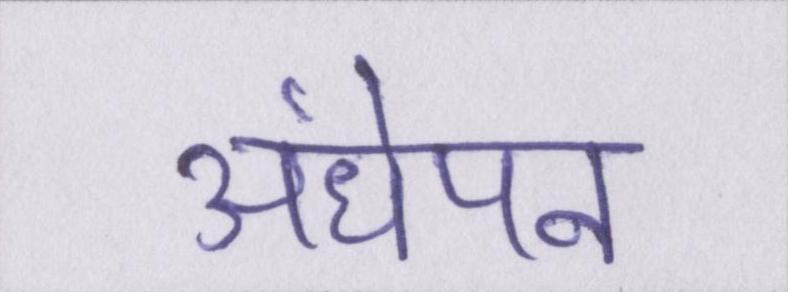
अंधेपन